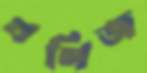
খণিজ